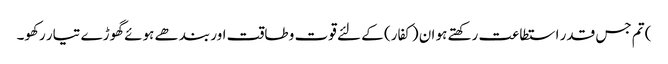
) تم جس قدر استطاعت رکھتے ہو ان (کفار) کے لئے قوت و طاقت اور بندھے ہوئے گھوڑے تیار رکھو۔